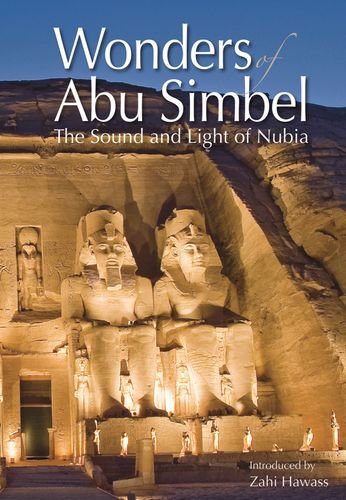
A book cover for Wonders of Abu Simbel: The Sound and Light of Nubia; Zahi Hawass; Travel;